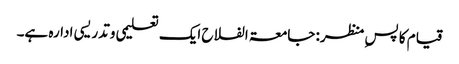
قیام کا پسِ منظر: جامعۃ الفلاح ایک تعلیمی وتدریسی ادارہ ہے۔